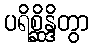
ပရိစ္ဆိန္ဒိတွာ